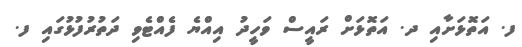
ފ. އަތޮޅަށާއި ދ. އަތޮޅަށް ރައީސް ވަހީދު އިއްޔެ ފެއްޓެވި ދަތުރުފުޅުގައި ފ.